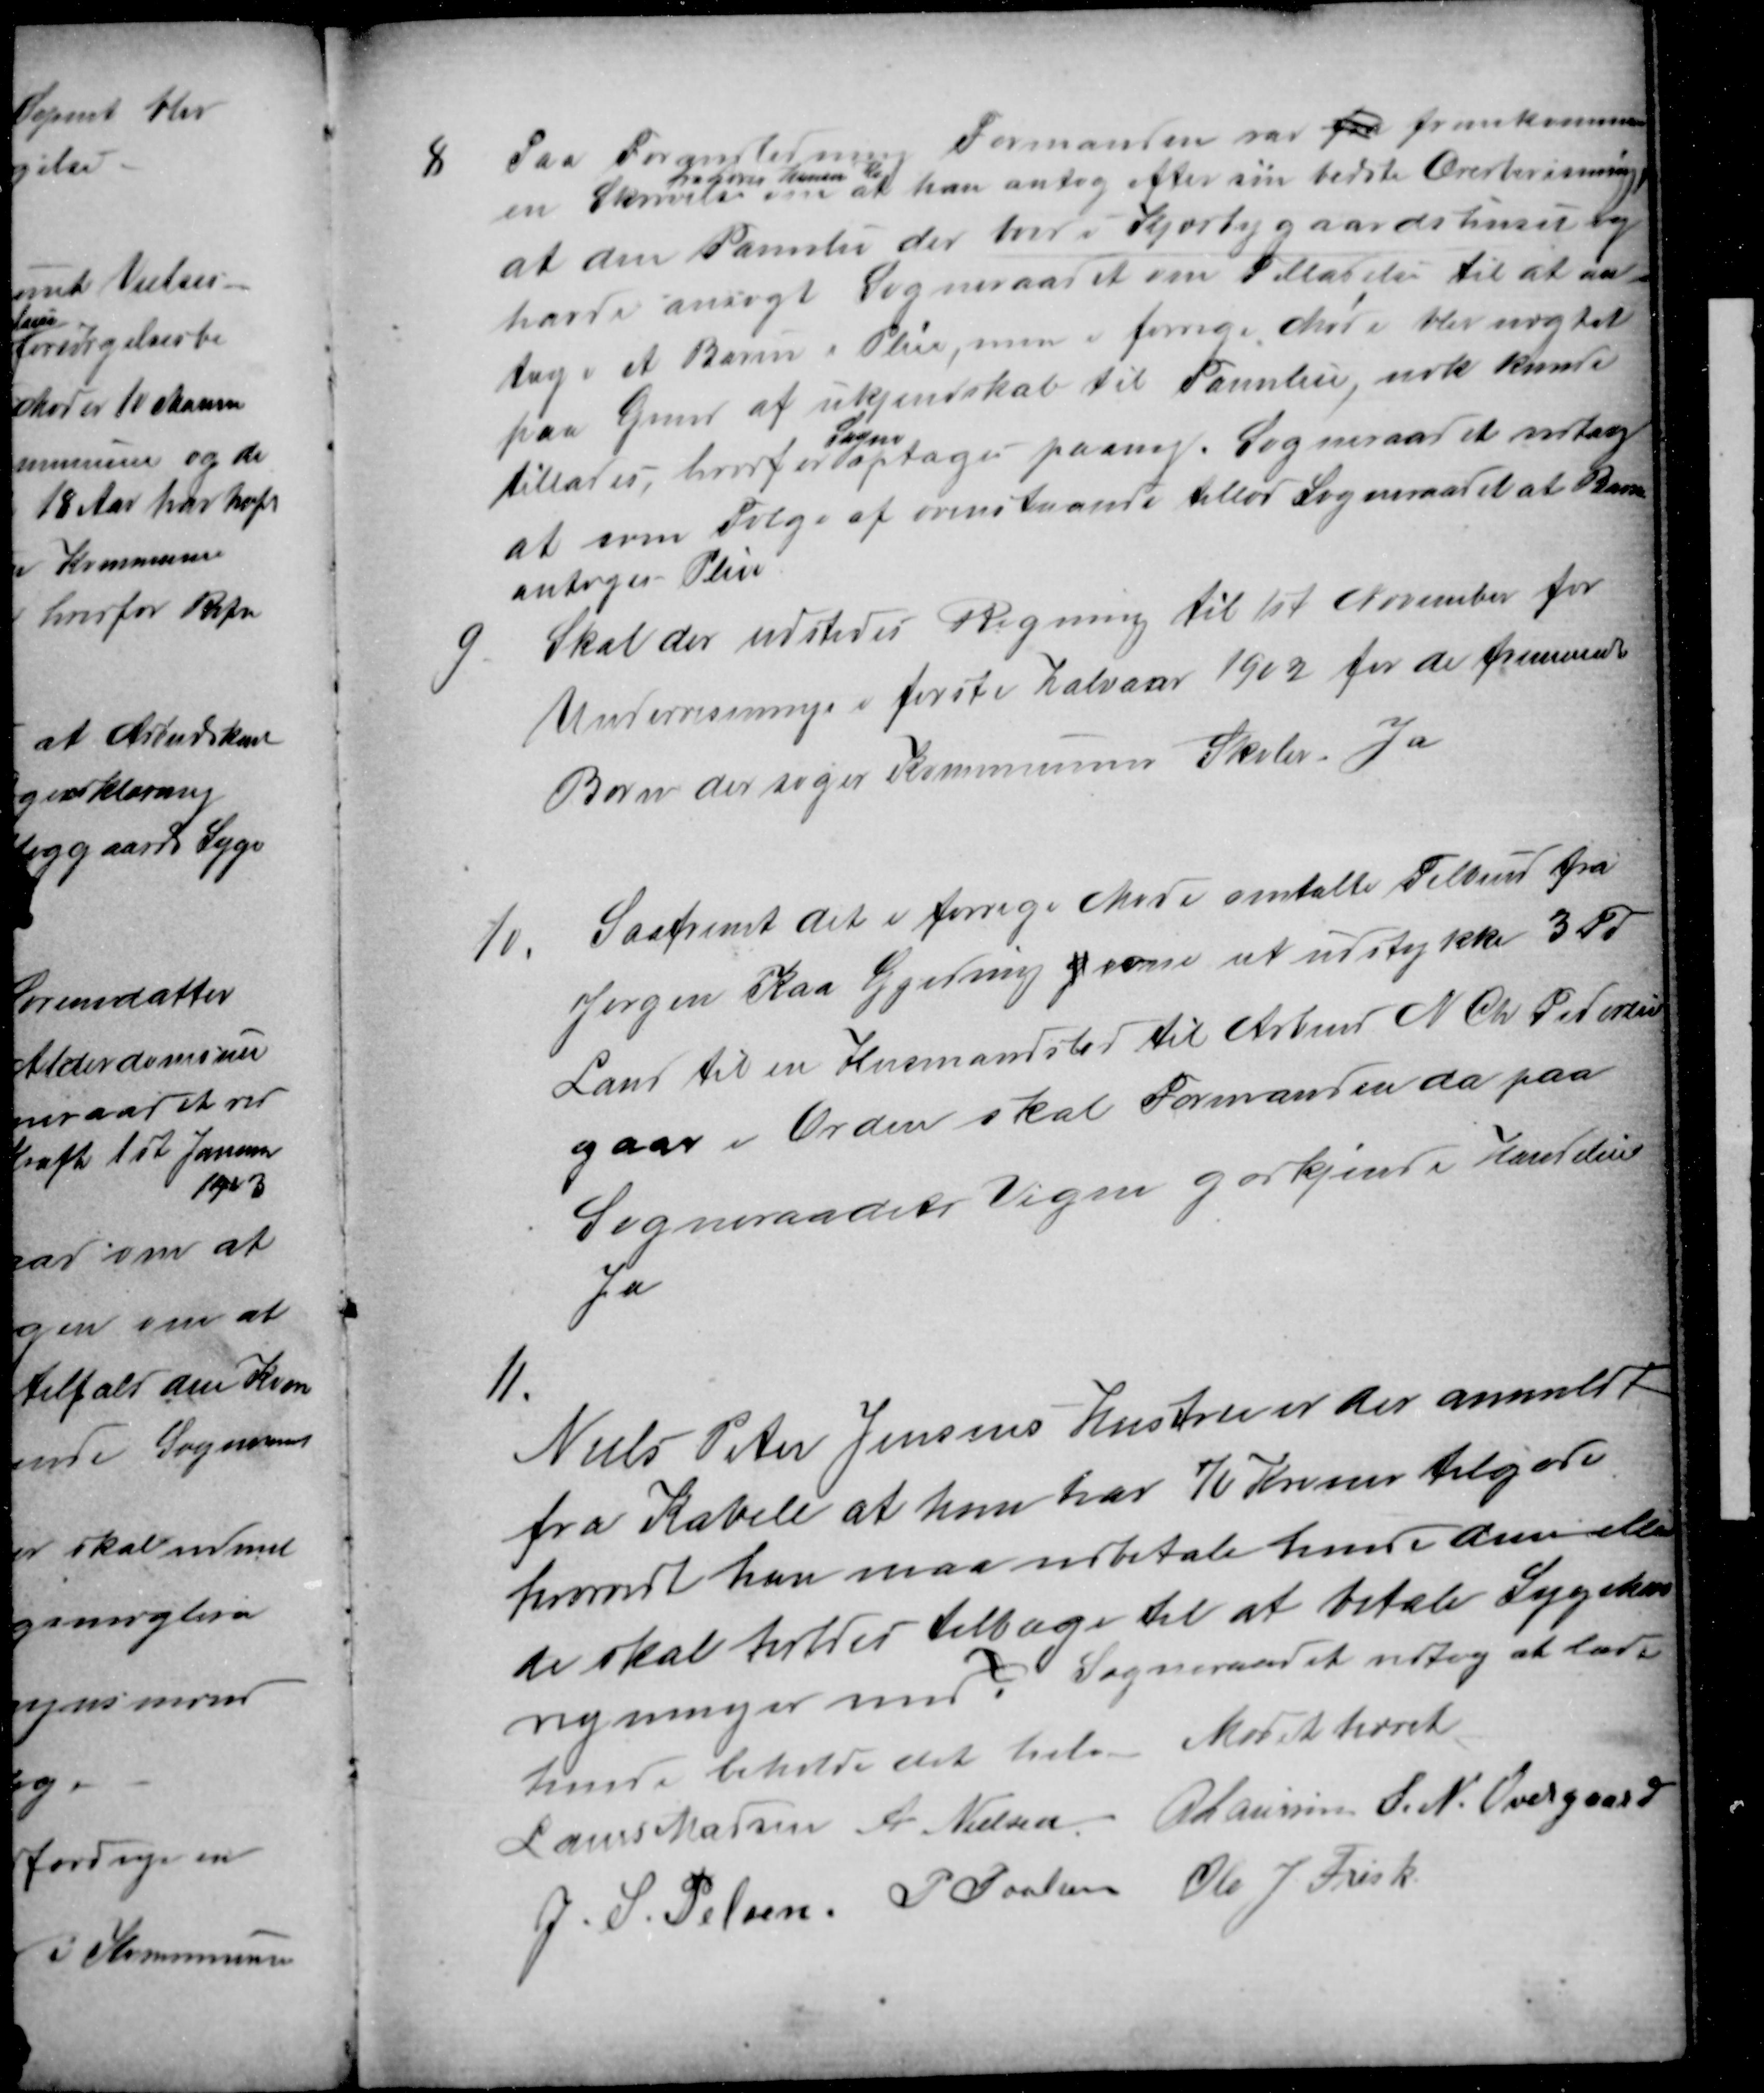
Transskription:
8
Paa Foranledning
Formanden var fra fremkommen
en Skrivelse
fra Lærer Hansen Kast
om at han antog efter sin bedste Overbevisning,
at den Familie der bor i Kjorbygaardshuset og
havde ansøgt Sogneraadet om Tilladelse til at an-
tage et Barn i Pleie, men i forrige Møde blev nægtet
paa Grund af ukjendskab til Familien nok kunde
tillades, hvorfor
Sagen
optages paany. Sogneraadet vedtog
at som Følge af ovenstaaende tillod Sogneraadet at Barnet
antoges Pleie
9
Skal der udstedes Regning til 1st November for
Undervisning i første Halvaar 1902 for de fremmede
Børn der søger Kommunens Skoler. Ja
10
Saafremt det i forrige Møde omtalte Tilbud fra
Jørgen Kaa Gjeding g om at udstykke 3 Td
Land til en Husmandsted til Arbmd N Chr Pedersen
gaar i Orden skal Formanden da paa
Sogneraadets Vegne godkjende Handelen
Ja
11.
Niels Peter Jensens Hustru er der anmeldt
fra Kabell at hun har 70 Kroner tilgode
hvorvidt han maa udbetale hende dem eller
de skal holdes tilbage til at betale Sygekas
regninger med? Sogneraadet vedtog at lade
hende beholde det hele. Mødet hævet
Laurs Madsen A. Nielsen A Laursen S. N. Overgaard
J. S. Pelsen P. Poulsen Ole J. Frisk